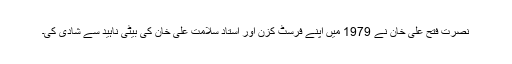
نصرت فتح علی خان نے 1979 میں اپنے فرسٹ کزن اور استاد سلامت علی خان کی بیٹی ناہید سے شادی کی۔